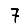
Digit: 7